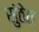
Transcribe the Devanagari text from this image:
सुंठेत